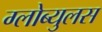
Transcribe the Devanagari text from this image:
ग्लोब्युलस